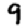
Digit: 9